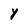
Character: Y